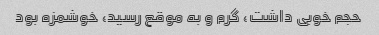
حجم خوبی داشت، گرم و به موقع رسید، خوشمزه بود